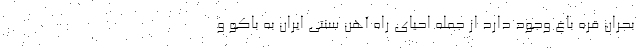
بحران قره باغ وجود دارد از جمله احیای راه آهن سنتی ایران به باکو و